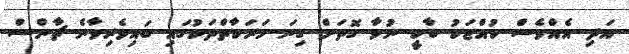
އަދި އެއްވެސް ކުއްޖަކު ބާކީ ނުވާ ގޮތަށް ގިނަ ހަރަކާތްތަކުގައި ބައިވެރިވާނެ ޗާންސް